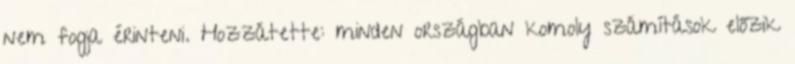
nem fogja érinteni. Hozzátette: minden országban komoly számítások előzik